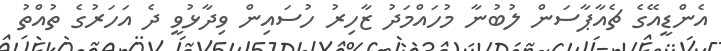
އެންޑީއޭގެ ޗެއާޕާސަން ލުބުނާ މުހައްމަދު ޒާހިރު ހުސައިން ވިދާޅުވީ ދެ އަހަރުގެ ތުއްތު